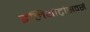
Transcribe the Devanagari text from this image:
इलियोट्रांसवर्स